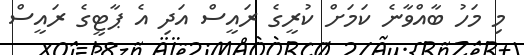
މި މަހު ބާއްވާނެ ކަމަށް ކުރީގެ ރައީސް އަދި އެ ޕާޓީގެ ރައީސް